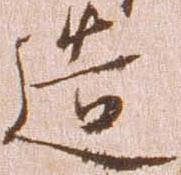
造